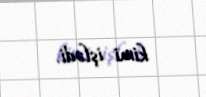
kimi işlədi.